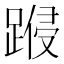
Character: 𨃏